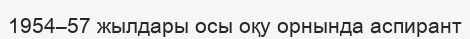
1954–57 жылдары осы оқу орнында аспирант